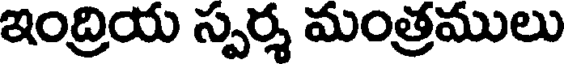
ఇంద్రియ స్వర్శ మంత్రములు